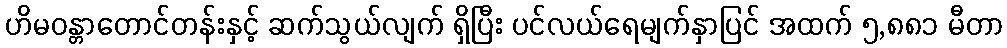
ဟိမဝန္တာတောင်တန်းနှင့် ဆက်သွယ်လျက် ရှိပြီး ပင်လယ်ရေမျက်နှာပြင် အထက် ၅,၈၈၁ မီတာ